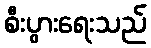
စီးပွားရေးသည်